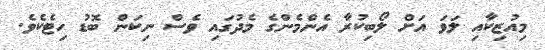
މިއުޒިކާއި ލަވަ އަށް ލޯބިކުރާ އެންމެންގެ މެދުގައި ވެސް ނިކަން ބޮޑު ހިޓެކެވެ.